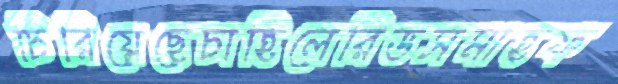
চিরিয়েছেচাহিলেরিডসমাহফ